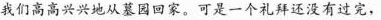
我们高高兴兴地从墓园回家。可是一个礼拜还没有过完，